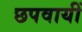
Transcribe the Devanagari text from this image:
छपवायीं